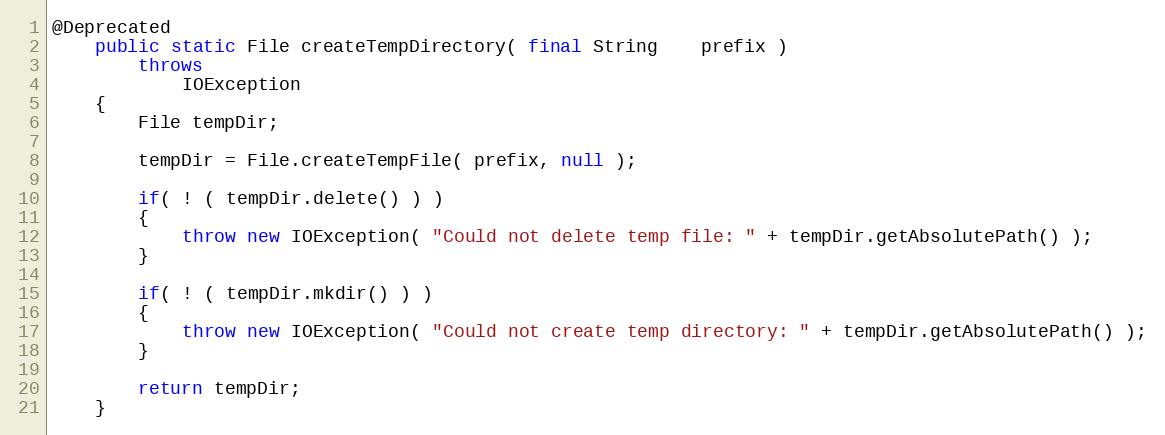
Language: Java
@Deprecated
    public static File createTempDirectory( final String    prefix )
        throws
            IOException
    {
        File tempDir;

        tempDir = File.createTempFile( prefix, null );

        if( ! ( tempDir.delete() ) )
        {
            throw new IOException( "Could not delete temp file: " + tempDir.getAbsolutePath() );
        }

        if( ! ( tempDir.mkdir() ) )
        {
            throw new IOException( "Could not create temp directory: " + tempDir.getAbsolutePath() );
        }

        return tempDir;
    }